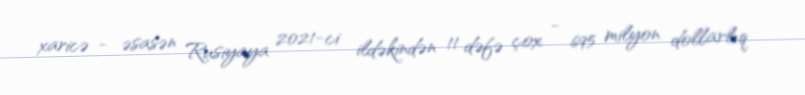
xaricə - əsasən Rusiyaya 2021-ci ildəkindən 11 dəfə çox - 695 milyon dollarlıq